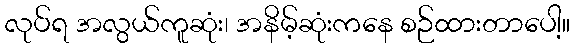
လုပ်ရ အလွယ်ကူဆုံး၊ အနိမ့်ဆုံးကနေ စဉ်ထားတာပေါ့။